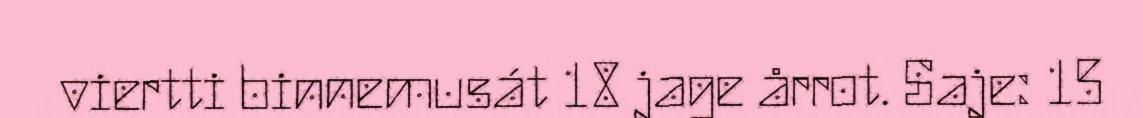
viertti binnemusát 18 jage årrot. Saje: 15